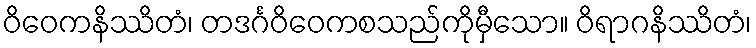
ဝိဝေကနိဿိတံ၊ တဒင်္ဂဝိဝေကစသည်ကိုမှီသော။ ဝိရာဂနိဿိတံ၊